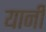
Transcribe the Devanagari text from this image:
यानी